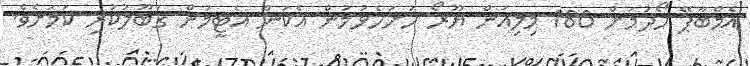
އެމްބާޕޭ ހޯދުމަށް 180 މިލިއަން ޔޫރޯ ހުށަހެޅުމުން އެކަން އެޓީމުން ގަބޫލުކުރި ކަމަށެވެ.